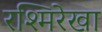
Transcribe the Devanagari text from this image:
रश्मिरेखा